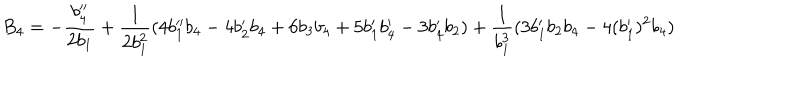
B _ { 4 } = - \frac { b _ { 4 } ^ { \prime \prime } } { 2 b _ { 1 } } + \frac { 1 } { 2 b _ { 1 } ^ { 2 } } ( 4 b _ { 1 } ^ { \prime \prime } b _ { 4 } - 4 b _ { 2 } ^ { \prime } b _ { 4 } + 6 b _ { 3 } b _ { 4 } + 5 b _ { 1 } ^ { \prime } b _ { 4 } ^ { \prime } - 3 b _ { 4 } ^ { \prime } b _ { 2 } ) + \frac { 1 } { b _ { 1 } ^ { 3 } } ( 3 b _ { 1 } ^ { \prime } b _ { 2 } b _ { 4 } - 4 ( b _ { 1 } ^ { \prime } ) ^ { 2 } b _ { 4 } )